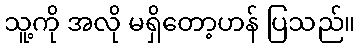
သူ့ကို အလို မရှိတော့ဟန် ပြသည်။